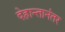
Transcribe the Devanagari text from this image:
देहान्तानंतर